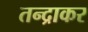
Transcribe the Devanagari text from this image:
तन्द्राकर